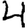
Digit: 4